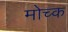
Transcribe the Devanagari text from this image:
मोच्क